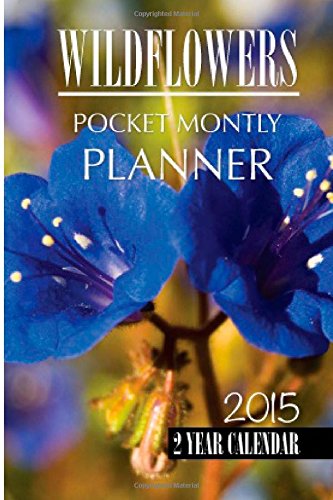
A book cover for Wild Flowers Pocket Monthly Planner 2015: 2 Year Calendar; James Bates; Calendars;